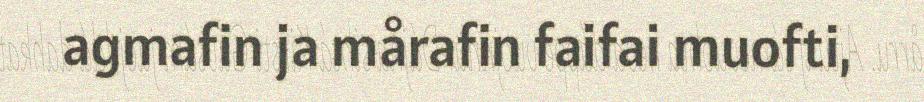
agmafin ja mårafin faifai muofti,